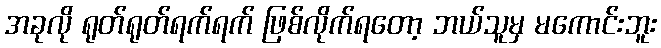
အခုလို ရုတ်ရုတ်ရက်ရက် ဖြစ်လိုက်ရတော့ ဘယ်သူမှ မကောင်းဘူး